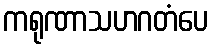
ကရုဏာသဟဂတံပေ